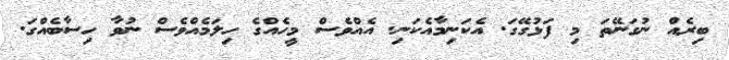
ބިރެއް ނުގަނޭތަ މި ފަޅުގޭގަ. އެކަނިމާއެކަނި. އެއްވެސް މީހެއްގެ ހިލަމެއްވެސް ނުވާ ހިސާބެއްގަ.